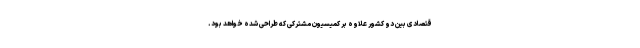
قتصادی بین دو کشور علاوه بر کمیسیون مشترکی که طراحی شده خواهد بود.